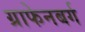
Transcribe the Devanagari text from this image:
ग्राफेनबर्ग